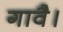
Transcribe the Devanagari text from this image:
गावै।